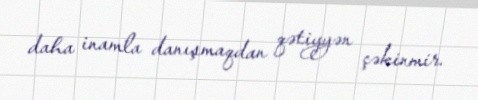
daha inamla danışmaqdan qətiyyən çəkinmir.